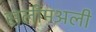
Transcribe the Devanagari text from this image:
सलीमअली